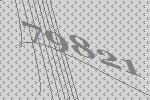
79821